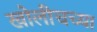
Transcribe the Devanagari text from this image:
खोलीचच्या